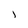
Character: j